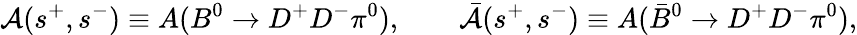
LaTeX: {\cal A}(s^{+},s^{-})\equiv A(B^{0}\to D^{+}D^{-}\pi^{0}),\qquad{\bar{\cal A}}(s^{+},s^{-})\equiv A(\bar{B}^{0}\to D^{+}D^{-}\pi^{0}),